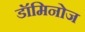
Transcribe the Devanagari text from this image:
डॉमिनोज